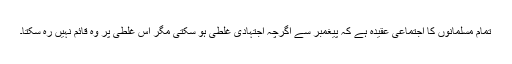
تمام مسلمانوں کا اجتماعی عقیدہ ہے کہ پیغمبر سے اگرچہ اجتہادی غلطی ہو سکتی مگر اس غلطی پر وہ قائم نہیں رہ سکتا۔